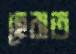
হেরাত